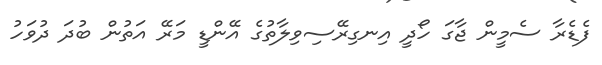
ފެޑެރާ ސެމީން ޖާގަ ހޯދީ އިނގިރޭސިވިލާތުގެ އޭންޑީ މަރޭ އަތުން ބުދަ ދުވަހު